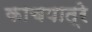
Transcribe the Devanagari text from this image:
काचपात्रे